Board of Education Examinations in Art and in Science and Technology, and Examinations of the City and Guilds of London Institute, 1919, 1919
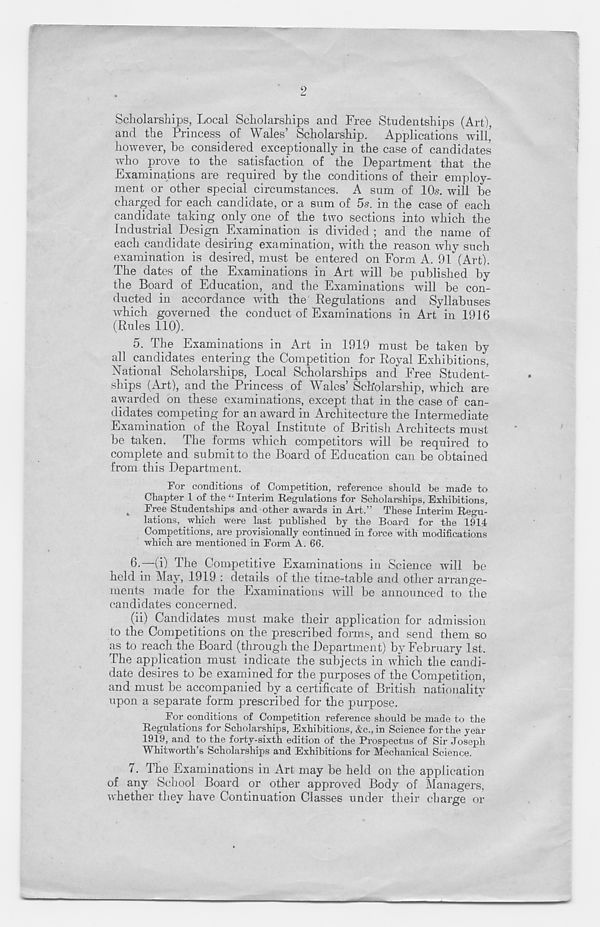
2
Scholarships, Local Scholarships and Free Studentships (Art),
and the Princess of Wales’ Scholarship. Applications will’
however, he considered exceptionally in the case of candidates
who prove to the satisfaction of the Department that the
Examinations are required by the conditions of their employ-
ment or other special circumstances. A sum of 10s. will be
charged for each candidate, or a sum of 5s. in the case of each
candidate taking only one of the two sections into which the
Industrial Design Examination is divided ; and the name of
each candidate desiring examination, with the reason why such
examination is desired, must be entered on Form A. 91 (Art).
The dates of the Examinations in Art will be published by
the Board of Education, and the Examinations will be con-
ducted in accordance with the Regulations and Syllabuses
which governed the conduct of Examinations in Art in 1916
(Rules 110).
5. The Examinations in Art in 1919 must be taken by
all candidates entering the Competition for Royal Exhibitions,
National Scholarships, Local Scholarships and Free Student-
ships (Art), and the Princess of Wales’ Scholarship, which are
awarded on these examinations, except that in the case of can-
didates competing for an award in Architecture the Intermediate
Examination of the Royal Institute of British Architects must
be taken. The forms which competitors will be required to
complete and submit to the Board of Education can be obtained
from this Department.
For conditions of Competition, reference should be made to
Chapter 1 of the “ Interim Regulations for Scholarships, Exhibitions,
4
Free Studentships and other awards in Ax-t.” These Interim Regu-
lations, which were last published by the Board for the 1914
Competitions, are provisionally continued in force with modifications
which are mentioned in Form A. 66.
6.
—(i) The Competitive Exami
held in May, 1919 : details of the time-table and other arrange-
ments made for the Examinations will be announced to the
candidates concerned.
(ii) Candidates must make their application for admission
to the Competitions on the prescribed forms, and send them so
as to reach the Board (through the Department) by February 1st.
The application must indicate the subjects in which the candi-
date desires to be examined for the purposes of the Competition,
and must be accompanied by a certificate of British nationality
upon a separate form prescribed for the purpose.
Foi’ conditions of Competition reference should be made to the
Regulations for Scholarships, Exhibitions, &c.,in Science for the year
1919, and to the forty-sixth edition of the Prospectus of Sir Joseph
Whitworth’s Scholarships and Exhibitions for Mechanical Science.
7. The Examinations in Art may be held on the application
of any School Board or other approved Body of Managers,
whether they have Continuation Classes under their charge or